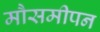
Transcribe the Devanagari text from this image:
मौसमीपन